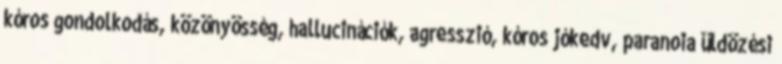
kóros gondolkodás, közönyösség, hallucinációk, agresszió, kóros jókedv, paranoia üldözési